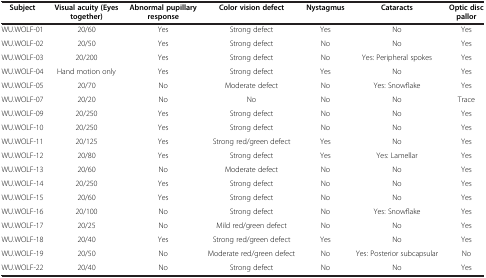
<table><thead><tr><td><b>Subject</b></td><td><b>Visual acuity (Eyes together)</b></td><td><b>Abnormal pupillary response</b></td><td><b>Color vision defect</b></td><td><b>Nystagmus</b></td><td><b>Cataracts</b></td><td><b>Optic disc pallor</b></td></tr></thead><tbody><tr><td>WU.WOLF-01</td><td>20/60</td><td>Yes</td><td>Strong defect</td><td>Yes</td><td>No</td><td>Yes</td></tr><tr><td>WU.WOLF-02</td><td>20/50</td><td>Yes</td><td>Strong defect</td><td>No</td><td>No</td><td>Yes</td></tr><tr><td>WU.WOLF-03</td><td>20/200</td><td>Yes</td><td>Strong defect</td><td>No</td><td>Yes: Peripheral spokes</td><td>Yes</td></tr><tr><td>WU.WOLF-04</td><td>Hand motion only</td><td>Yes</td><td>Strong defect</td><td>Yes</td><td>No</td><td>Yes</td></tr><tr><td>WU.WOLF-05</td><td>20/70</td><td>No</td><td>Moderate defect</td><td>No</td><td>Yes: Snowflake</td><td>Yes</td></tr><tr><td>WU.WOLF-07</td><td>20/20</td><td>No</td><td>No</td><td>No</td><td>No</td><td>Trace</td></tr><tr><td>WU.WOLF-09</td><td>20/250</td><td>Yes</td><td>Strong defect</td><td>No</td><td>No</td><td>Yes</td></tr><tr><td>WU.WOLF-10</td><td>20/250</td><td>Yes</td><td>Strong defect</td><td>No</td><td>No</td><td>Yes</td></tr><tr><td>WU.WOLF-11</td><td>20/125</td><td>Yes</td><td>Strong red/green defect</td><td>Yes</td><td>No</td><td>Yes</td></tr><tr><td>WU.WOLF-12</td><td>20/80</td><td>Yes</td><td>Strong defect</td><td>Yes</td><td>Yes: Lamellar</td><td>Yes</td></tr><tr><td>WU.WOLF-13</td><td>20/60</td><td>No</td><td>Moderate defect</td><td>No</td><td>No</td><td>Yes</td></tr><tr><td>WU.WOLF-14</td><td>20/250</td><td>Yes</td><td>Strong defect</td><td>No</td><td>No</td><td>Yes</td></tr><tr><td>WU.WOLF-15</td><td>20/60</td><td>Yes</td><td>Strong defect</td><td>No</td><td>No</td><td>Yes</td></tr><tr><td>WU.WOLF-16</td><td>20/100</td><td>No</td><td>Strong defect</td><td>No</td><td>Yes: Snowflake</td><td>Yes</td></tr><tr><td>WU.WOLF-17</td><td>20/25</td><td>No</td><td>Mild red/green defect</td><td>No</td><td>No</td><td>Yes</td></tr><tr><td>WU.WOLF-18</td><td>20/40</td><td>Yes</td><td>Strong red/green defect</td><td>Yes</td><td>No</td><td>Yes</td></tr><tr><td>WU.WOLF-19</td><td>20/50</td><td>No</td><td>Moderate red/green defect</td><td>No</td><td>Yes: Posterior subcapsular</td><td>No</td></tr><tr><td>WU.WOLF-22</td><td>20/40</td><td>No</td><td>Strong defect</td><td>No</td><td>No</td><td>Yes</td></tr></tbody></table>